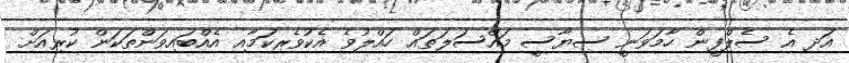
އަދި އެ ސެލްފީން ހާމަވަނީ ސިޔާސީ މައްސަލަތައް ހައްލުވެ އެކުވެރިކަމާއި އެއްބައިވަންތަކަން ކުރިއަށް